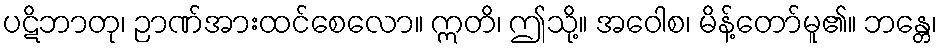
ပဋိဘာတု၊ ဉာဏ်အားထင်စေလော။ ဣတိ၊ ဤသို့။ အဝေါစ၊ မိန့်တော်မူ၏။ ဘန္တေ၊